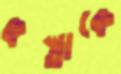
কস্তাকে